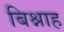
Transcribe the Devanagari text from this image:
बिश्नाह